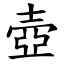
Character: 壺